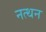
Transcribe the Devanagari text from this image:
नत्थन